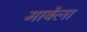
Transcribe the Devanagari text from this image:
मार्बेला